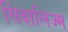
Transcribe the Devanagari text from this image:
सिंबालिज्म